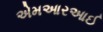
એમઆરઆઈ